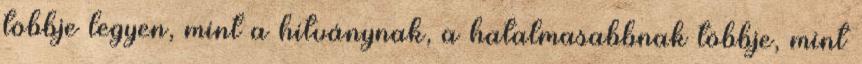
többje legyen, mint a hitványnak, a hatalmasabbnak többje, mint